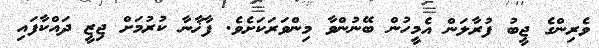
ވެރިންގެ ޖީބު ފުރާލަން އެމީހުން ބޭނުންވާ މިންވަރަކަށެވެ. ފާޚާނާ ކުރުމަށް ޖިޒީ ދައްކާފައި